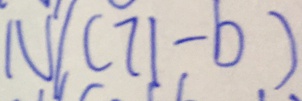
N / ( 7 1 - b )